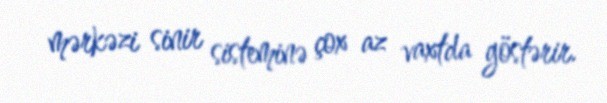
mərkəzi sinir sisteminə çox az vaxtda göstərir.